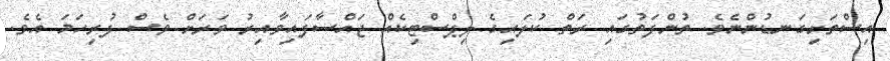
އިސްތަށިގަނޑުންނެވެ. ތުންފަތުގައި ރަތް ކުލައިގެ ލިޕްސްޓިކެއް ޖައްސާފައިވާއިރު ވަރަށް ވެސް ފުރިހަމަ އެވެ.